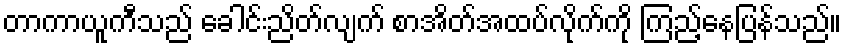
တာကာယူကီသည် ခေါင်းညိတ်လျက် စာအိတ်အထပ်လိုက်ကို ကြည့်နေပြန်သည်။